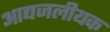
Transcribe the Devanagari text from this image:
आद्यजलीयक